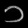
Digit: ၁